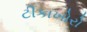
ટીકાખોરો